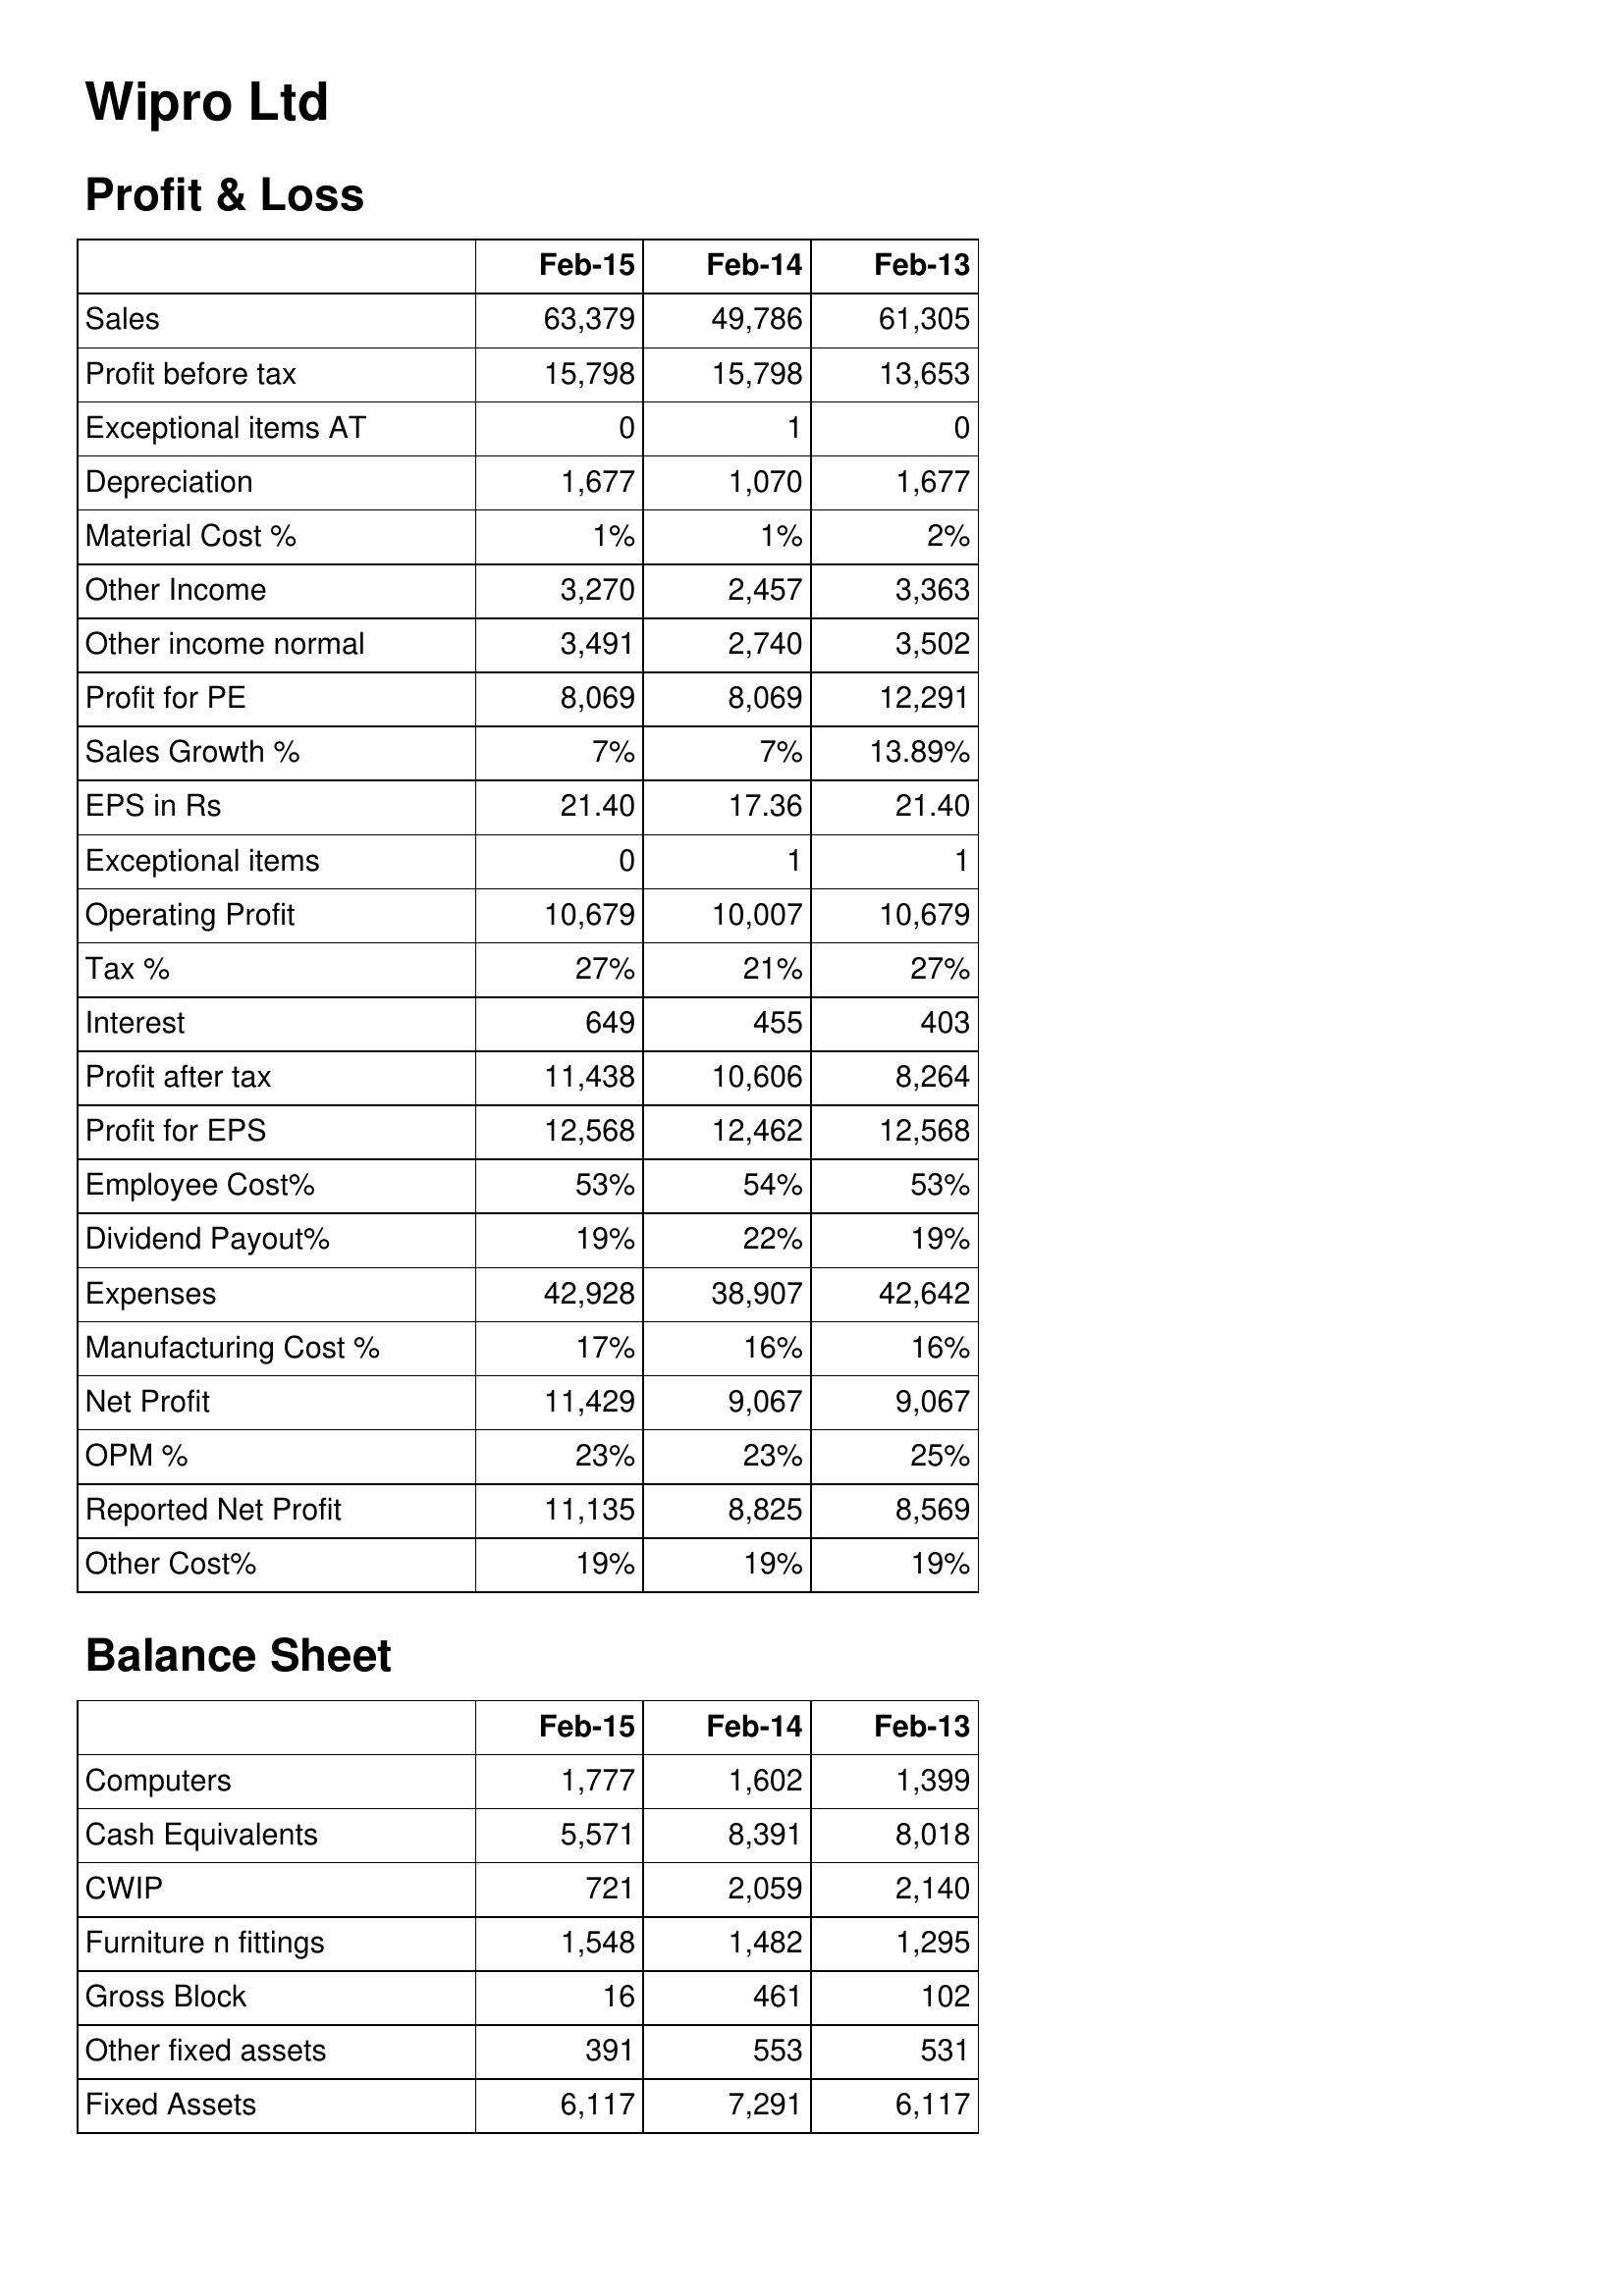
Feb-15: Profit & Loss: Sales: 63,379
Profit before tax: 15,798
Exceptional items AT: 0
Depreciation: 1,677
Material Cost %: 1%
Other Income: 3,270
Other income normal: 3,491
Profit for PE: 8,069
Sales Growth %: 7%
EPS in Rs: 21.40
Exceptional items: 0
Operating Profit: 10,679
Tax %: 27%
Interest: 649
Profit after tax: 11,438
Profit for EPS: 12,568
Employee Cost%: 53%
Dividend Payout%: 19%
Expenses: 42,928
Manufacturing Cost %: 17%
Net Profit: 11,429
OPM %: 23%
Reported Net Profit: 11,135
Other Cost%: 19%
Balance Sheet: Computers: 1,777
Cash Equivalents: 5,571
CWIP: 721
Furniture n fittings: 1,548
Gross Block: 16
Other fixed assets: 391
Fixed Assets: 6,117
Feb-14: Profit & Loss: Sales: 49,786
Profit before tax: 15,798
Exceptional items AT: 1
Depreciation: 1,070
Material Cost %: 1%
Other Income: 2,457
Other income normal: 2,740
Profit for PE: 8,069
Sales Growth %: 7%
EPS in Rs: 17.36
Exceptional items: 1
Operating Profit: 10,007
Tax %: 21%
Interest: 455
Profit after tax: 10,606
Profit for EPS: 12,462
Employee Cost%: 54%
Dividend Payout%: 22%
Expenses: 38,907
Manufacturing Cost %: 16%
Net Profit: 9,067
OPM %: 23%
Reported Net Profit: 8,825
Other Cost%: 19%
Balance Sheet: Computers: 1,602
Cash Equivalents: 8,391
CWIP: 2,059
Furniture n fittings: 1,482
Gross Block: 461
Other fixed assets: 553
Fixed Assets: 7,291
Feb-13: Profit & Loss: Sales: 61,305
Profit before tax: 13,653
Exceptional items AT: 0
Depreciation: 1,677
Material Cost %: 2%
Other Income: 3,363
Other income normal: 3,502
Profit for PE: 12,291
Sales Growth %: 13.89%
EPS in Rs: 21.40
Exceptional items: 1
Operating Profit: 10,679
Tax %: 27%
Interest: 403
Profit after tax: 8,264
Profit for EPS: 12,568
Employee Cost%: 53%
Dividend Payout%: 19%
Expenses: 42,642
Manufacturing Cost %: 16%
Net Profit: 9,067
OPM %: 25%
Reported Net Profit: 8,569
Other Cost%: 19%
Balance Sheet: Computers: 1,399
Cash Equivalents: 8,018
CWIP: 2,140
Furniture n fittings: 1,295
Gross Block: 102
Other fixed assets: 531
Fixed Assets: 6,117